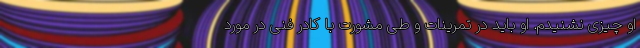
او چیزی نشنیدم. او باید در تمرینات و طی مشورت با کادر فنی در مورد